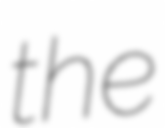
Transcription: the